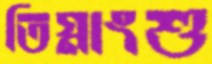
তিগ্নাংশু